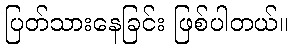
ပြတ်သားနေခြင်း ဖြစ်ပါတယ်။